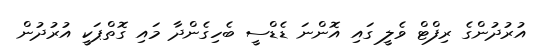
އުރުދުންގެ ރިފްޓް ވެލީ ގައި އޮންނަ ޑެޑްސީ ބެހިގެންދާ މައި ގޮތްޕަކީ އުރުދުން